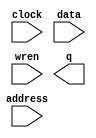
module core_1_mem (
	address,
	clock,
	data,
	wren,
	q);

	input	[6:0]  address;
	input	  clock;
	input	[31:0]  data;
	input	  wren;
	output	[31:0]  q;
`ifndef ALTERA_RESERVED_QIS
// synopsys translate_off
`endif
	tri1	  clock;
`ifndef ALTERA_RESERVED_QIS
// synopsys translate_on
`endif

endmodule